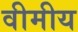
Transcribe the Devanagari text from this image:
वीमीय